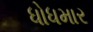
ધોધમાર